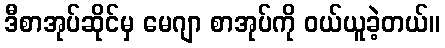
ဒီစာအုပ်ဆိုင်မှ မေဂျာ စာအုပ်ကို ဝယ်ယူခဲ့တယ်။